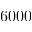
6 0 0 0